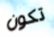
تكون